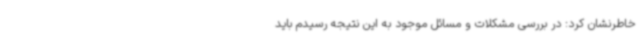
خاطرنشان کرد: در بررسی مشکلات و مسائل موجود به این نتیجه رسیدم باید